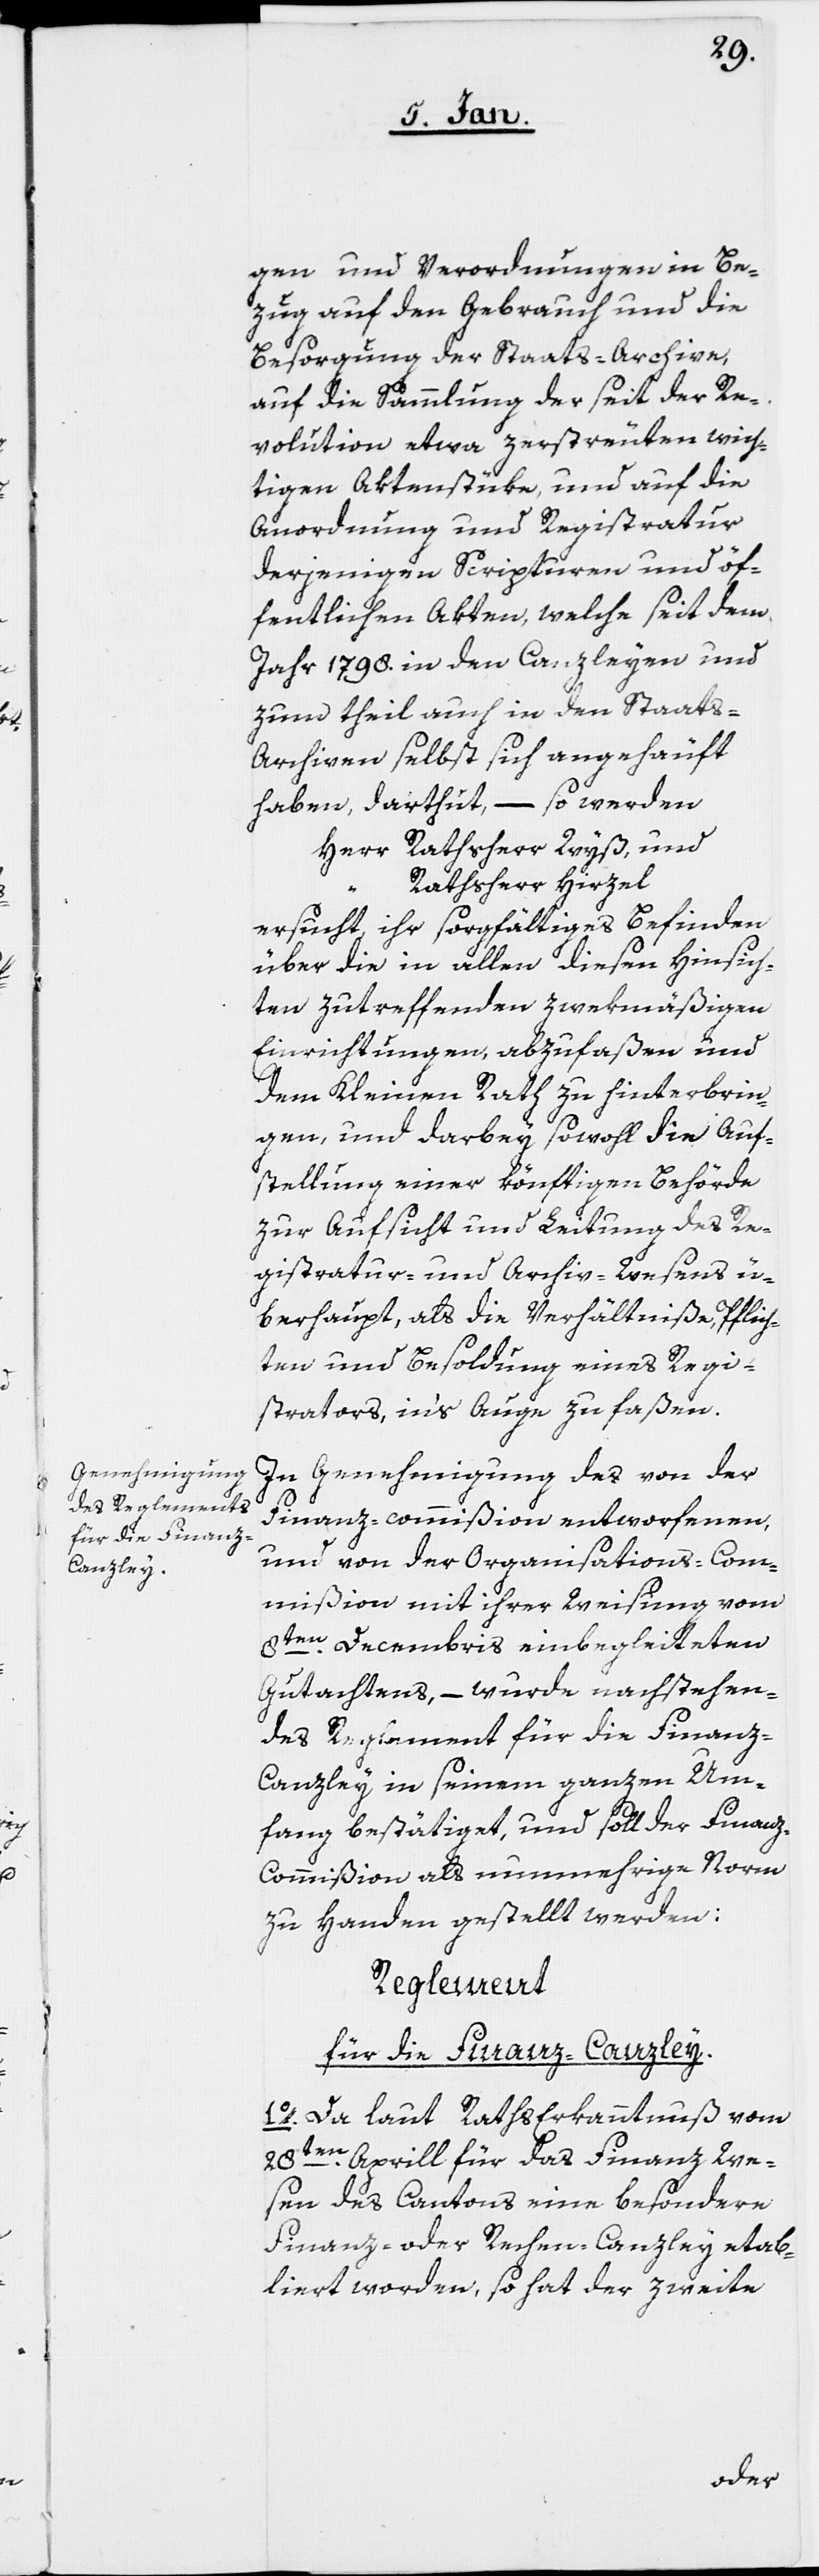
gen und Verordnungen in Be¬
zug auf den Gebrauch und die
Besorgung der Staats-Archive,
auf die Sammlung der seit der Re¬
volution etwa zerstreuten wich¬
tigen Aktenstüke, und auf die
Anordnung und Registratur
derjenigen Scripturen und öf¬
fentlichen Akten, welche seit dem
Jahr 1798. in den Canzleyen und
zum theil auch in den Staats-A¬
rchiven selbst sich angehäuft
– so werden
haben, darthut,
Herr Rathsherr Wyß, und
Rathsherr Hirzel
ersucht, ihr sorgfältiges Befinden
über die in allen diesen Hinsich¬
ten zutreffenden zwekmäßigen
Einrichtungen, abzufaßen und
dem Kleinen Rath zu hinterbrin¬
gen, und darbey sowohl die Auf¬
stellung einer könftigen Behörde
zur Aufsicht und Leitung des Re¬
gistratur- und Archiv-Wesens ü¬
berhaupt, als die Verhältniße, Pflich¬
ten und Besoldung eines Regi¬
strators, in’s Auge zu faßen.
In Genehmigung des von der
Finanz-commißion entworfenen,
und von der Organisations-Com¬
mißion mit ihrer Weisung vom
8ten. Decembris einbegleiteten
Gutachtens, – wurde nachstehen¬
des Reglement für die Finanz-C¬
anzley in seinem ganzen Um¬
fang bestätiget, und soll der Finan¬
z-Commißion als nunmehrige Norm
zu Handen gestellt werden:
Reglement
für die Finanz-Canzley.
1o. Da laut RathsErkanntnuß vom
28sten. Aprill für das Finanz We¬
sen des Cantons eine besondere
Finanz- oder Rechen-Canzley etab¬
liert worden, so hat der zweite